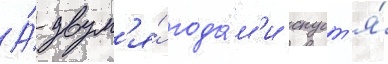
А́ двум'я́ года́м'и спуст'я́